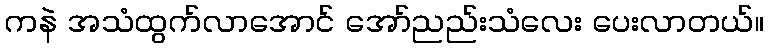
ကနဲ အသံထွက်လာအောင် အော်ညည်းသံလေး ပေးလာတယ်။